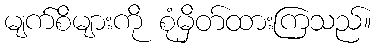
မျက်စိများကို စုံမှိတ်ထားကြသည်။